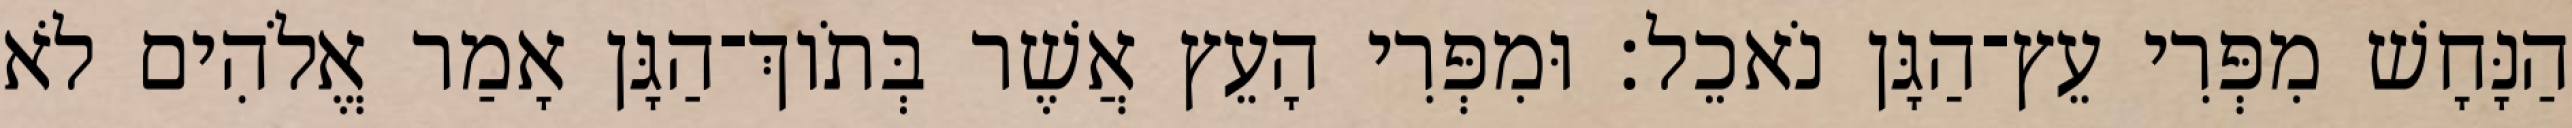
הַנָּחָשׁ מִפְּרִי עֵץ־הַגָּן נֹאכֵל׃ וּמִפְּרִי הָעֵץ אֲשֶׁר בְּתֹוךְ־הַגָּן אָמַר אֱלֹהִים לֹא